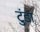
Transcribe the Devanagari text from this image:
टुंडा